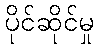
ပိုင်ဆိုင်မှု